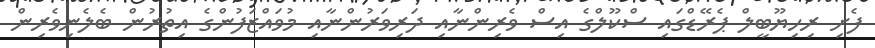
ފެށި ރިހިޔޫބީލް ޕެރޭޑްގައި ސްކޫލްގެ އިސް ވެރިންނާއި ދަރިވަރުންނާއި މުވައްޒަފުންގެ އިތުރުން ބެލެނިވެރިން